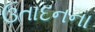
ઉતાદનના